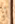
أو